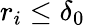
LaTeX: r_{i}\leq\delta_{0}